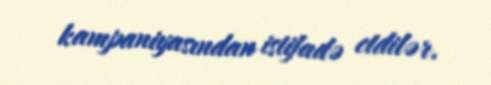
kampaniyasından istifadə etdilər.